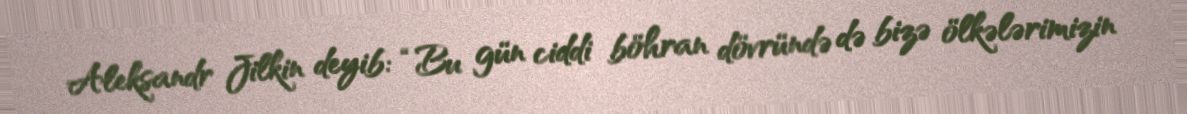
Aleksandr Jilkin deyib: “Bu gün ciddi böhran dövründə də bizə ölkələrimizin